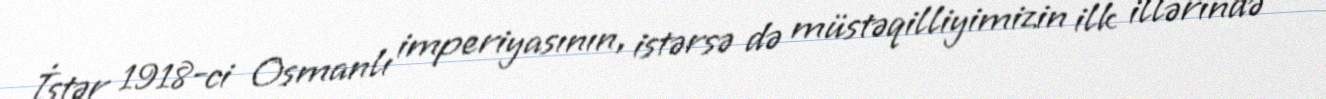
İstər 1918-ci Osmanlı imperiyasının, istərsə də müstəqilliyimizin ilk illərində